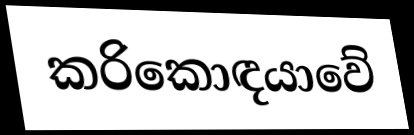
කරිකොඳයාවේ